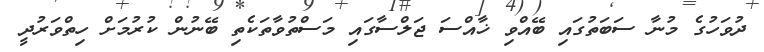
ދުވަހުގެ މުނާ ސަބަތުގައި ބޭއްވި ޚާއްސަ ޖަލްސާގައި މަސްތުވާތަކެތި ބޭނުން ކުރުމަށް ހިތްވަރުދީ